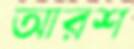
আরশ